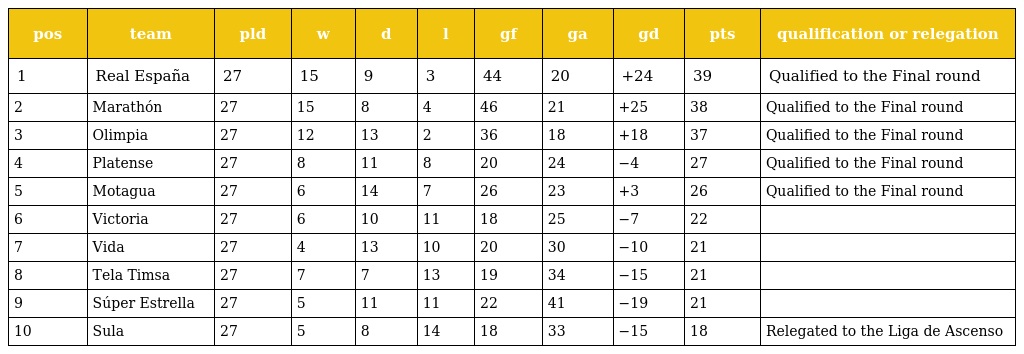
| pos | team | pld | w | d | l | gf | ga | gd | pts | qualification or relegation |
 | --- | --- | --- | --- | --- | --- | --- | --- | --- | --- | --- |
 | 1 | Real España | 27 | 15 | 9 | 3 | 44 | 20 | +24 | 39 | Qualified to the Final round |
 | 2 | Marathón | 27 | 15 | 8 | 4 | 46 | 21 | +25 | 38 | Qualified to the Final round |
 | 3 | Olimpia | 27 | 12 | 13 | 2 | 36 | 18 | +18 | 37 | Qualified to the Final round |
 | 4 | Platense | 27 | 8 | 11 | 8 | 20 | 24 | −4 | 27 | Qualified to the Final round |
 | 5 | Motagua | 27 | 6 | 14 | 7 | 26 | 23 | +3 | 26 | Qualified to the Final round |
 | 6 | Victoria | 27 | 6 | 10 | 11 | 18 | 25 | −7 | 22 |  |
 | 7 | Vida | 27 | 4 | 13 | 10 | 20 | 30 | −10 | 21 |  |
 | 8 | Tela Timsa | 27 | 7 | 7 | 13 | 19 | 34 | −15 | 21 |  |
 | 9 | Súper Estrella | 27 | 5 | 11 | 11 | 22 | 41 | −19 | 21 |  |
 | 10 | Sula | 27 | 5 | 8 | 14 | 18 | 33 | −15 | 18 | Relegated to the Liga de Ascenso |